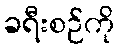
ခရီးစဉ်ကို